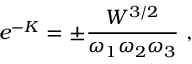
e ^ { - K } = \pm \frac { W ^ { 3 / 2 } } { \omega _ { 1 } \omega _ { 2 } \omega _ { 3 } } \ ,